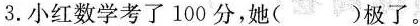
3.小红数学考了100分，她()极了。